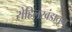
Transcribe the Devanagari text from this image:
रोहिलखंडातून